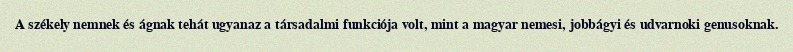
A székely nemnek és ágnak tehát ugyanaz a társadalmi funkciója volt, mint a magyar nemesi, jobbágyi és udvarnoki genusoknak.